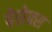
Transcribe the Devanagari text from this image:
बेसेक्स